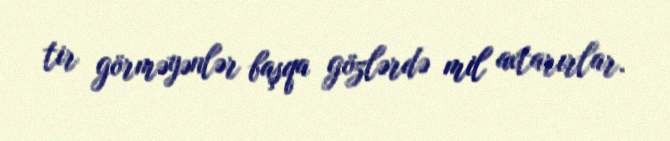
tir görməyənlər başqa gözlərdə mil axtarırlar.